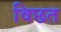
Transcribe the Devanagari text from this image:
विछत